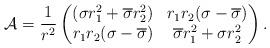
LaTeX: \begin{align*}\mathcal{A}= \frac{1}{r^{2}}\begin{pmatrix}(\sigma r_{1}^{2}+\overline{\sigma} r_{2}^{2}) & r_{1}r_{2}(\sigma-\overline{\sigma}) \\ r_{1}r_{2}(\sigma-\overline{\sigma}) & \overline{\sigma}r_{1}^{2}+ \sigma r_{2}^{2}\end{pmatrix}.\end{align*}